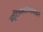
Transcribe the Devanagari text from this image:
ब्यूटिलस्कोपामाइन